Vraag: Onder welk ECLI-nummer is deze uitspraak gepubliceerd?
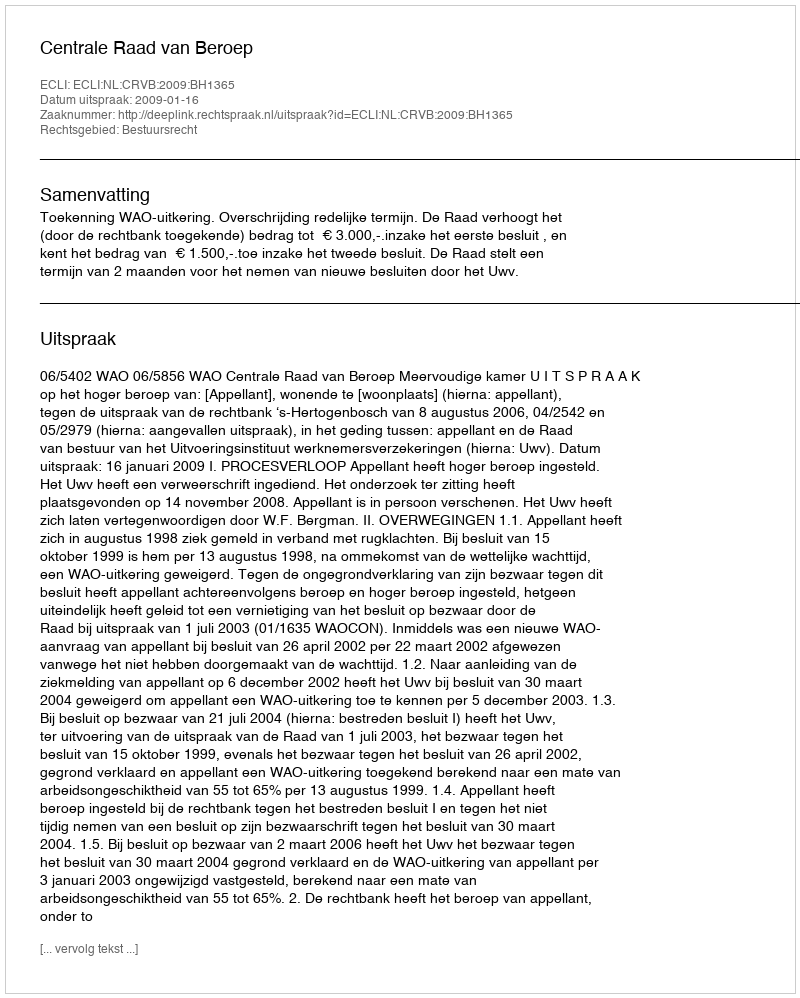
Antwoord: ECLI:NL:CRVB:2009:BH1365